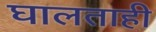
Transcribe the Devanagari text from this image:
घालताही